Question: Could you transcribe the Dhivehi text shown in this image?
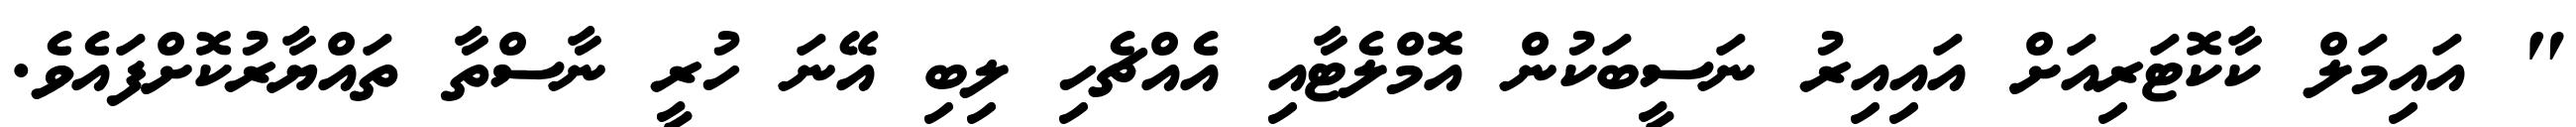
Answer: " އައިމަލް ކާކޮޓަރިއަށް އައިއިރު ނަސީބަކުން އޮމްލެޓާއި އެއްޗެހި ލިބި އޭނަ ހުރީ ނާސްތާ ތައްޔާރުކޮށްފައެވެ.